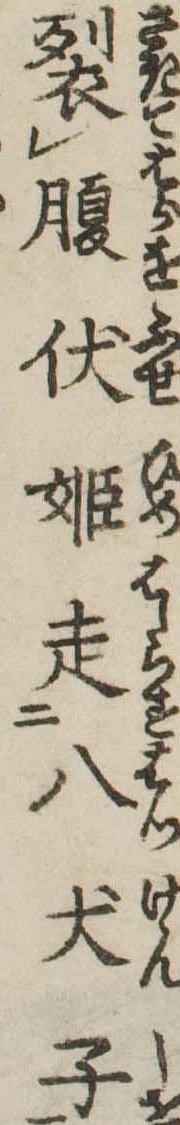
裂腹伏姫走八犬子